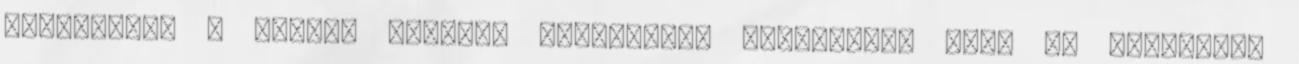
Fesztivált a Féling Színház Kulturális Egyesület. Bár, az egyesület